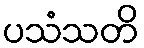
ပသံသတိ